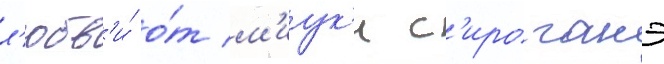
л'юбв'и́ о́т м'иук'и с'ироганэ